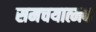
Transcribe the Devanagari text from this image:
समचयात्मक